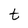
Character: t